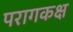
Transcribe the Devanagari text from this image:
परागकक्ष